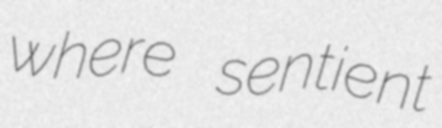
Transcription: where sentient